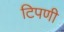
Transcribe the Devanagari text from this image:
टिपणी